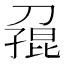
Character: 𪟓